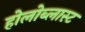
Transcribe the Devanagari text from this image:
होलोब्लास्ट